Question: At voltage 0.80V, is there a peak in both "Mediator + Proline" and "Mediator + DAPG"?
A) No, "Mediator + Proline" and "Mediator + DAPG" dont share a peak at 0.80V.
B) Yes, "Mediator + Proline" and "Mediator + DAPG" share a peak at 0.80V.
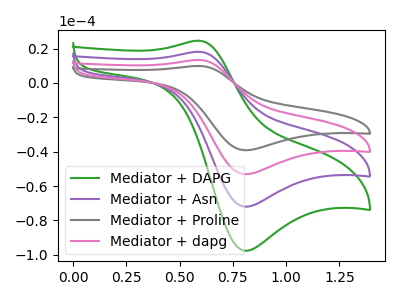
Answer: <think>The green curve "Mediator + DAPG" has an anodic peak at (0.60V, 24.55uA) and a cathodic peak at (0.80V, -97.55uA). The purple curve "Mediator + Asn" has an anodic peak at (0.60V, 18.10uA) and a cathodic peak at (0.80V, -71.95uA). The gray curve "Mediator + Proline" has an anodic peak at (0.60V, 54.30uA) and a cathodic peak at (0.80V, -215.85uA). The pink curve "Mediator + dapg" has an anodic peak at (0.60V, 36.20uA) and a cathodic peak at (0.80V, -143.90uA).</think>
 <answer>B) Yes, "Mediator + Proline" and "Mediator + DAPG" share a peak at 0.80V.</answer>
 <eval>B</eval>